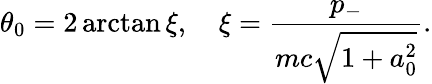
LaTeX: \theta_{0}=2\arctan\xi,\quad\xi=\frac{p_{-}}{mc\sqrt{1+a_{0}^{2}}}.